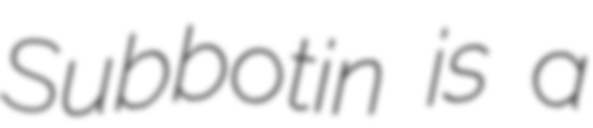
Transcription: Subbotin is a